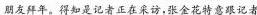
朋友拜年。得知是记者正在采访，张金花特意跟记者节”这一现象，你怎样评价?答：__________________